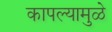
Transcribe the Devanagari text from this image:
कापल्यामुळे